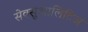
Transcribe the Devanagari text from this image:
सेक्सुआलिटिज